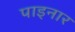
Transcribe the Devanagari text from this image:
पाइनार